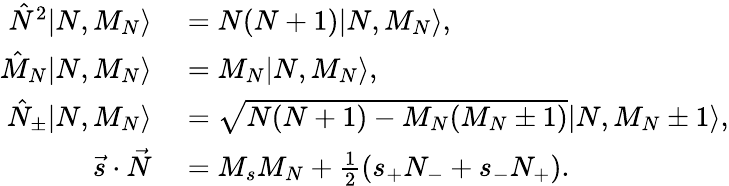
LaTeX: \begin{array}{rl}{\hat{N}^{2}|N,M_{N}\rangle}&{{}=N(N+1)|N,M_{N}\rangle,}\\ {\hat{M}_{N}|N,M_{N}\rangle}&{{}=M_{N}|N,M_{N}\rangle,}\\ {\hat{N}_{\pm}|N,M_{N}\rangle}&{{}=\sqrt{N(N+1)-M_{N}(M_{N}\pm 1)}|N,M_{N}\pm 1\rangle,}\\ {\vec{s}\cdot\vec{N}}&{{}=M_{s}M_{N}+\frac{1}{2}(s_{+}N_{-}+s_{-}N_{+}).}\end{array}